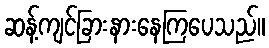
ဆန့်ကျင်ခြားနားနေကြပေသည်။